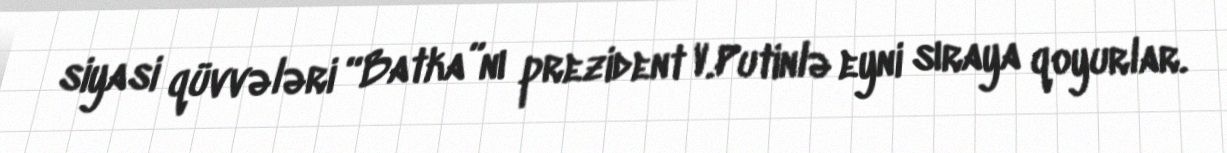
siyasi qüvvələri “Batka”nı prezident V.Putinlə eyni sıraya qoyurlar.